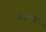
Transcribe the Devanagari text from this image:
नज़ाम